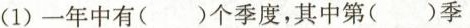
(1)一年中有()个季度，其中第()季